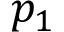
p _ { 1 }